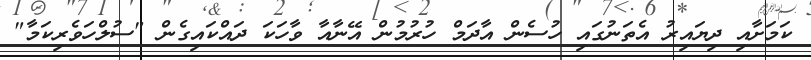
ކަމަށާއި ދިޔައިރު އެތަނުގައި ހުސެން އާދަމް ހުރުމުން އޭނާއާ ވާހަކަ ދައްކައިގެން "ސުލްހަވެރިކަމާ"